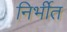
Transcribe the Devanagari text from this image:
निर्भीत